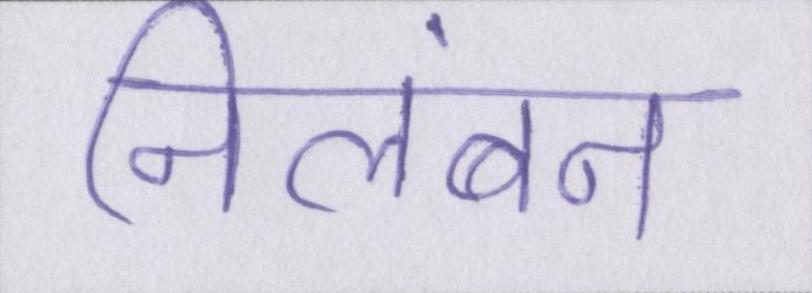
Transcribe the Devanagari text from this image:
निलंबन